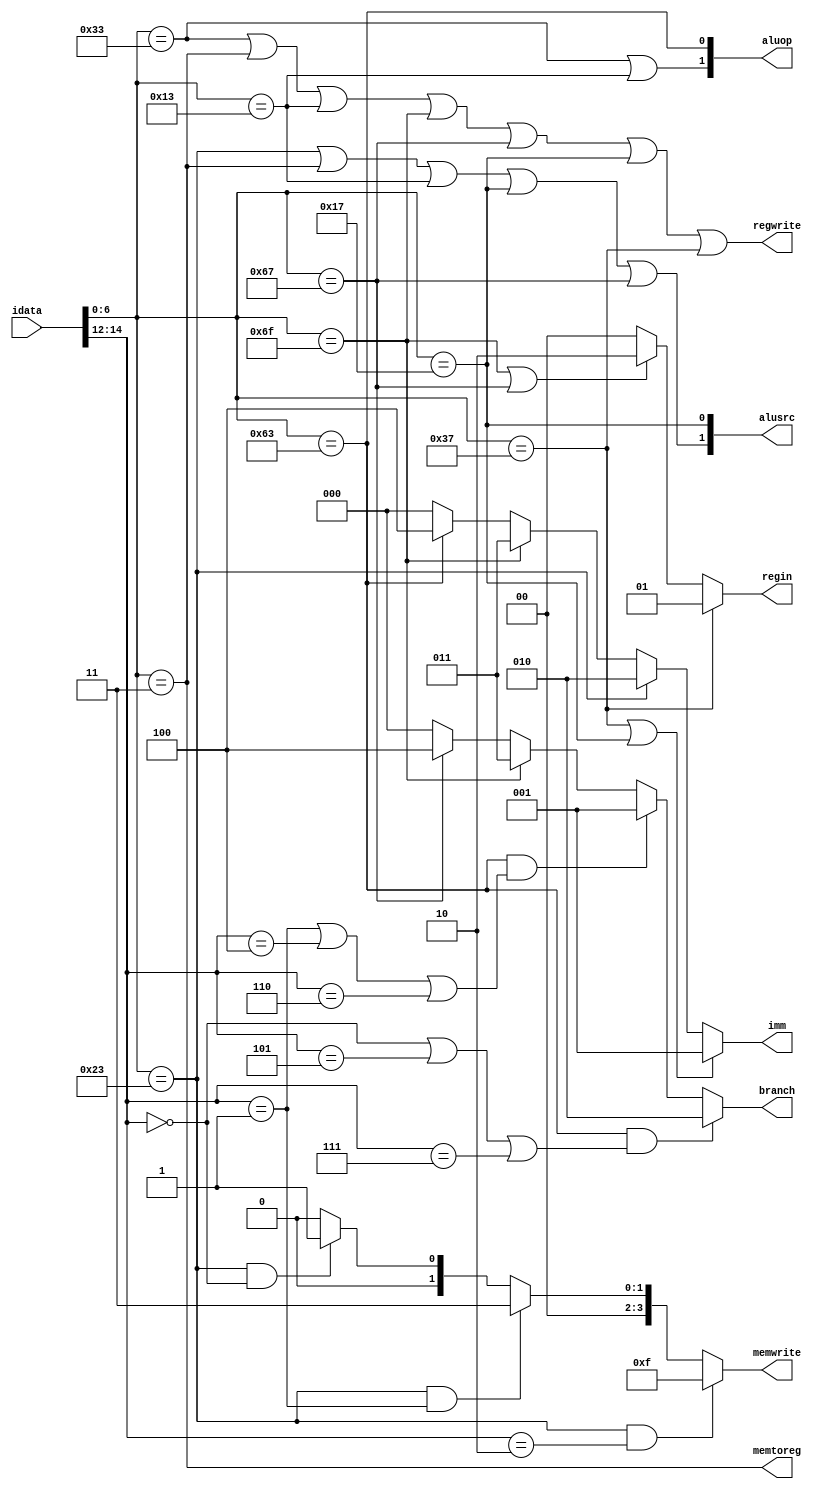
module control(
	
    input [31:0] idata,   //instr.
    output [1:0] alusrc,        
    output memtoreg,
    output regwrite,
    output reg [3:0] memwrite,
    output reg [2:0] branch,
    output [1:0] aluop,
	output reg [1:0] regin,
	output reg  [2:0] imm     
    );
	 
    wire [6:0] opcode;
    wire [2:0] funct3;

    assign opcode = idata[6:0];
    assign funct3 = idata[14:12];

    always @(*) begin
        if (opcode == 7'b1100011 && (funct3 == 3'b000 ||  funct3 == 3'b101 || funct3 == 3'b111)) branch= 3'b010;  //BEQ, BGE, BGEU
        else if (opcode == 7'b1100011 && (funct3 == 3'b001 || funct3 == 3'b100 || funct3 == 3'b110)) branch= 3'b001; // BNE, BLT, BLTU
        else if (opcode == 7'b1101111 ) branch= 3'b011; // JAL
        else if (opcode == 7'b1100111 ) branch= 3'b100; // JALR
        else branch= 3'b000; //Non-branching instr.
    end

    // contols whther the data to be written into regfile is from alu ( R-ALUI type instr.) or dmem ( drdata) in case of load instr.
    assign memtoreg = (opcode == 7'b0000011); // is asserted only in the case of load instr
 
    
    
    // memwrite controls the dwe of dmem in the case of store instr.
    always @(*)begin
        if (opcode == 7'b0100011 && funct3 == 3'b010) memwrite= 4'b1111;         //SW
        else if (opcode == 7'b0100011 && funct3 == 3'b001) memwrite= 4'b0011;    //SH
        else if (opcode == 7'b0100011 && funct3 == 3'b000) memwrite= 4'b0001;    //SB
        else memwrite= 4'b0000;
    end                   

    
    
    // regwrite is nothing but the write enable signal of the regfile
    assign regwrite=(opcode == 7'b0110011 || opcode == 7'b0000011 || opcode == 7'b0010011 || opcode == 7'b1101111 || opcode == 7'b1100111 || opcode == 7'b0010111 || opcode == 7'b0110111);            // asserted only for ALU (R-I), Load, JAL,JALR, LUI, AUIPC instr.


    
    // alusrc controls what 2 operands in1 & in2 go into the alu
    assign alusrc[1] = (opcode == 7'b0100011 || opcode == 7'b0000011 || opcode == 7'b0010011 || opcode == 7'b0010111 || opcode == 7'b1100111);  //controls in2- is asserted in all I type (JALR,ALUI,Load) instr. & Store instr.
    assign alusrc[0] = (opcode == 7'b0010111); // controls in1- only asserted in case of AUIPC instr. where rs1=PC & rs2=immgen 
    
    
    
    // aluop is just another differentating signal used to simplify the opcode allocation process in alucontrol.v module    
    assign aluop[1] = (opcode == 7'b0110011 || opcode == 7'b0010011 ); // aluop=2'b 10 for all usual ALU(i.e R and ALU-I) type instr.
    assign aluop[0] = (opcode == 7'b1100011);                          // aluop=2'b01 for all branch instr.
    
    // For rest all instr. aluop=2'b00 ( eg-load-store,jalr where simple addition has to take place)

    
    
    // regin controls what is written into regfile
    always @(*) begin      
        if (opcode == 7'b0110111) regin= 2'b01;                                // immgen value is placed in rd in case of LUI instr.
        else if (opcode == 7'b1101111 || opcode == 7'b1100111) regin = 2'b10; // JAL,JALR instr. regin is PC + 4 due to linking
        else regin= 2'b00;                                                    // In all other cases regin comes from mem_to regdata
    end

    
    
    // imm uniquely indentifies each instr. type - used in immgen module
    always @(*)begin     
        if (opcode == 7'b0110111 || opcode == 7'b0010111) imm= 3'b001;     // U type instr.
        else if (opcode == 7'b0100011) imm= 3'b010;                        //S type instr.
        else if (opcode == 7'b1101111) imm= 3'b011;                        //J type JAL instr.
        else if (opcode == 7'b1100011) imm= 3'b100;                        //B type instr.
        else imm=3'b000;                                                   // I type ( Load, ALUI, JALR) instr. 
    end

 endmodule